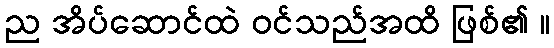
ည အိပ်ဆောင်ထဲ ဝင်သည်အထိ ဖြစ်၏ ။